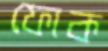
ফোক